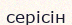
серісін